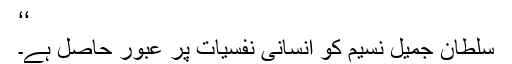
‘‘
سلطان جمیل نسیم کو انسانی نفسیات پر عبور حاصل ہے۔